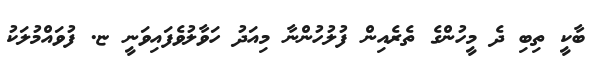
ބާކީ ތިބި ދެ މީހުންގެ ތެރެއިން ފުލުހުންނާ މިއަދު ހަވާލުވެފައިވަނީ ޏ. ފުވައްމުލަކު